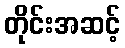
တိုင်းအဆင့်